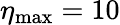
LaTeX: \eta_{\mathrm{max}}=10